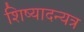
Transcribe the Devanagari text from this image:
शिष्यादन्यत्र